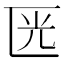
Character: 𠥳